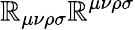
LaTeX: \mathbb{R}_{\mu\nu\rho\sigma}\mathbb{R}^{\mu\nu\rho\sigma}